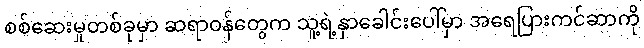
စစ်ဆေးမှုတစ်ခုမှာ ဆရာဝန်တွေက သူ့ရဲ့နှာခေါင်းပေါ်မှာ အရေပြားကင်ဆာကို